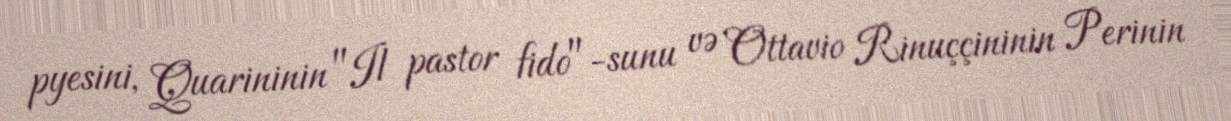
pyesini, Quarininin "Il pastor fido"-sunu və Ottavio Rinuççininin Perinin